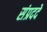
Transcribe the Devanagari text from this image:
संप्रददे